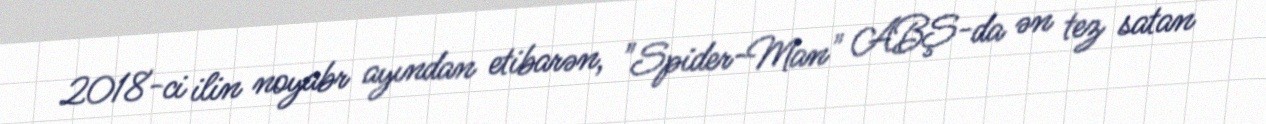
2018-ci ilin noyabr ayından etibarən, "Spider-Man" ABŞ-da ən tez satan